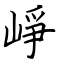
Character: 崢